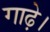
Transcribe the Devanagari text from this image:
गाढ़े।